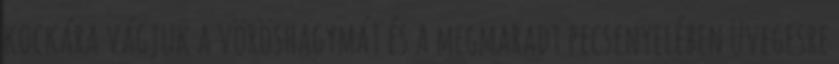
kockára vágjuk a vöröshagymát és a megmaradt pecsenyelében üvegesre